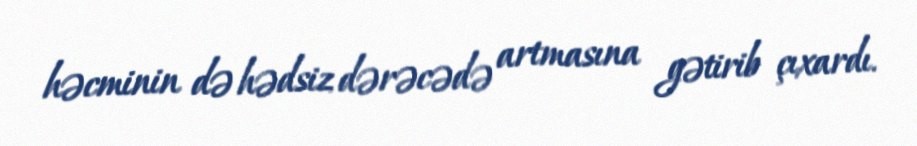
həcminin də hədsiz dərəcədə artmasına gətirib çıxardı.